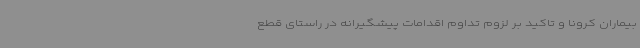
بیماران کرونا و تاکید بر لزوم تداوم اقدامات پیشگیرانه در راستای قطع